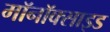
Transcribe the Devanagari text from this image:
मॉनॉक्साइड